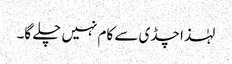
لہٰذا چڈی سے کام نہیں چلے گا۔